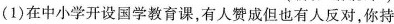
(1)在中小学开设国学教育课，有人赞成但也有人反对，你持